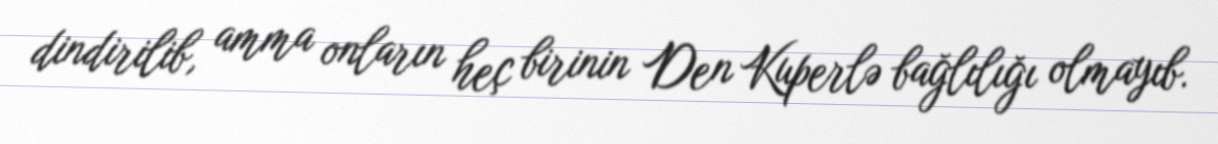
dindirilib, amma onların heç birinin Den Kuperlə bağlılığı olmayıb.